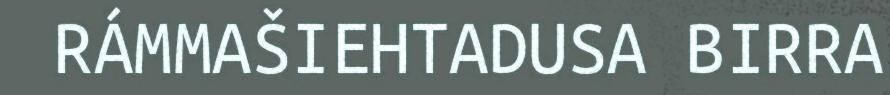
RÁMMAŠIEHTADUSA BIRRA